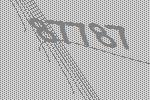
87787